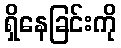
ရှိနေခြင်းကို